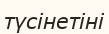
түсінетіні